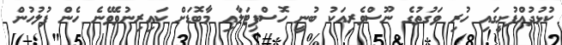
ކުޅުދުއްފުށީގައި ހުރި ވަގުތުގެ ނޫސްވެރިއަކު ބުނީ ހޮސްޕިޓަލާއި މާބޮޑަށް ކައިރިނުވެވޭނެ ހެން ފުލުހުން